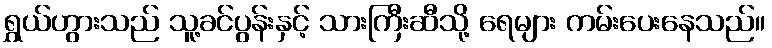
ရွှယ်ဟွားသည် သူ့ခင်ပွန်းနှင့် သားကြီးဆီသို့ ရေများ ကမ်းပေးနေသည်။